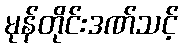
မုန်တိုင်းဒဏ်သင့်